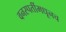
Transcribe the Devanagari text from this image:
वनस्पतींमधूनच